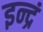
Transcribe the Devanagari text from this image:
इन्द्रं